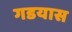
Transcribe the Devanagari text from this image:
गडयास